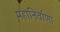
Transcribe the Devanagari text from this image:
महानिर्वाणा